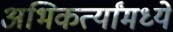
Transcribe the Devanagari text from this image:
अभिकर्त्यांमध्ये